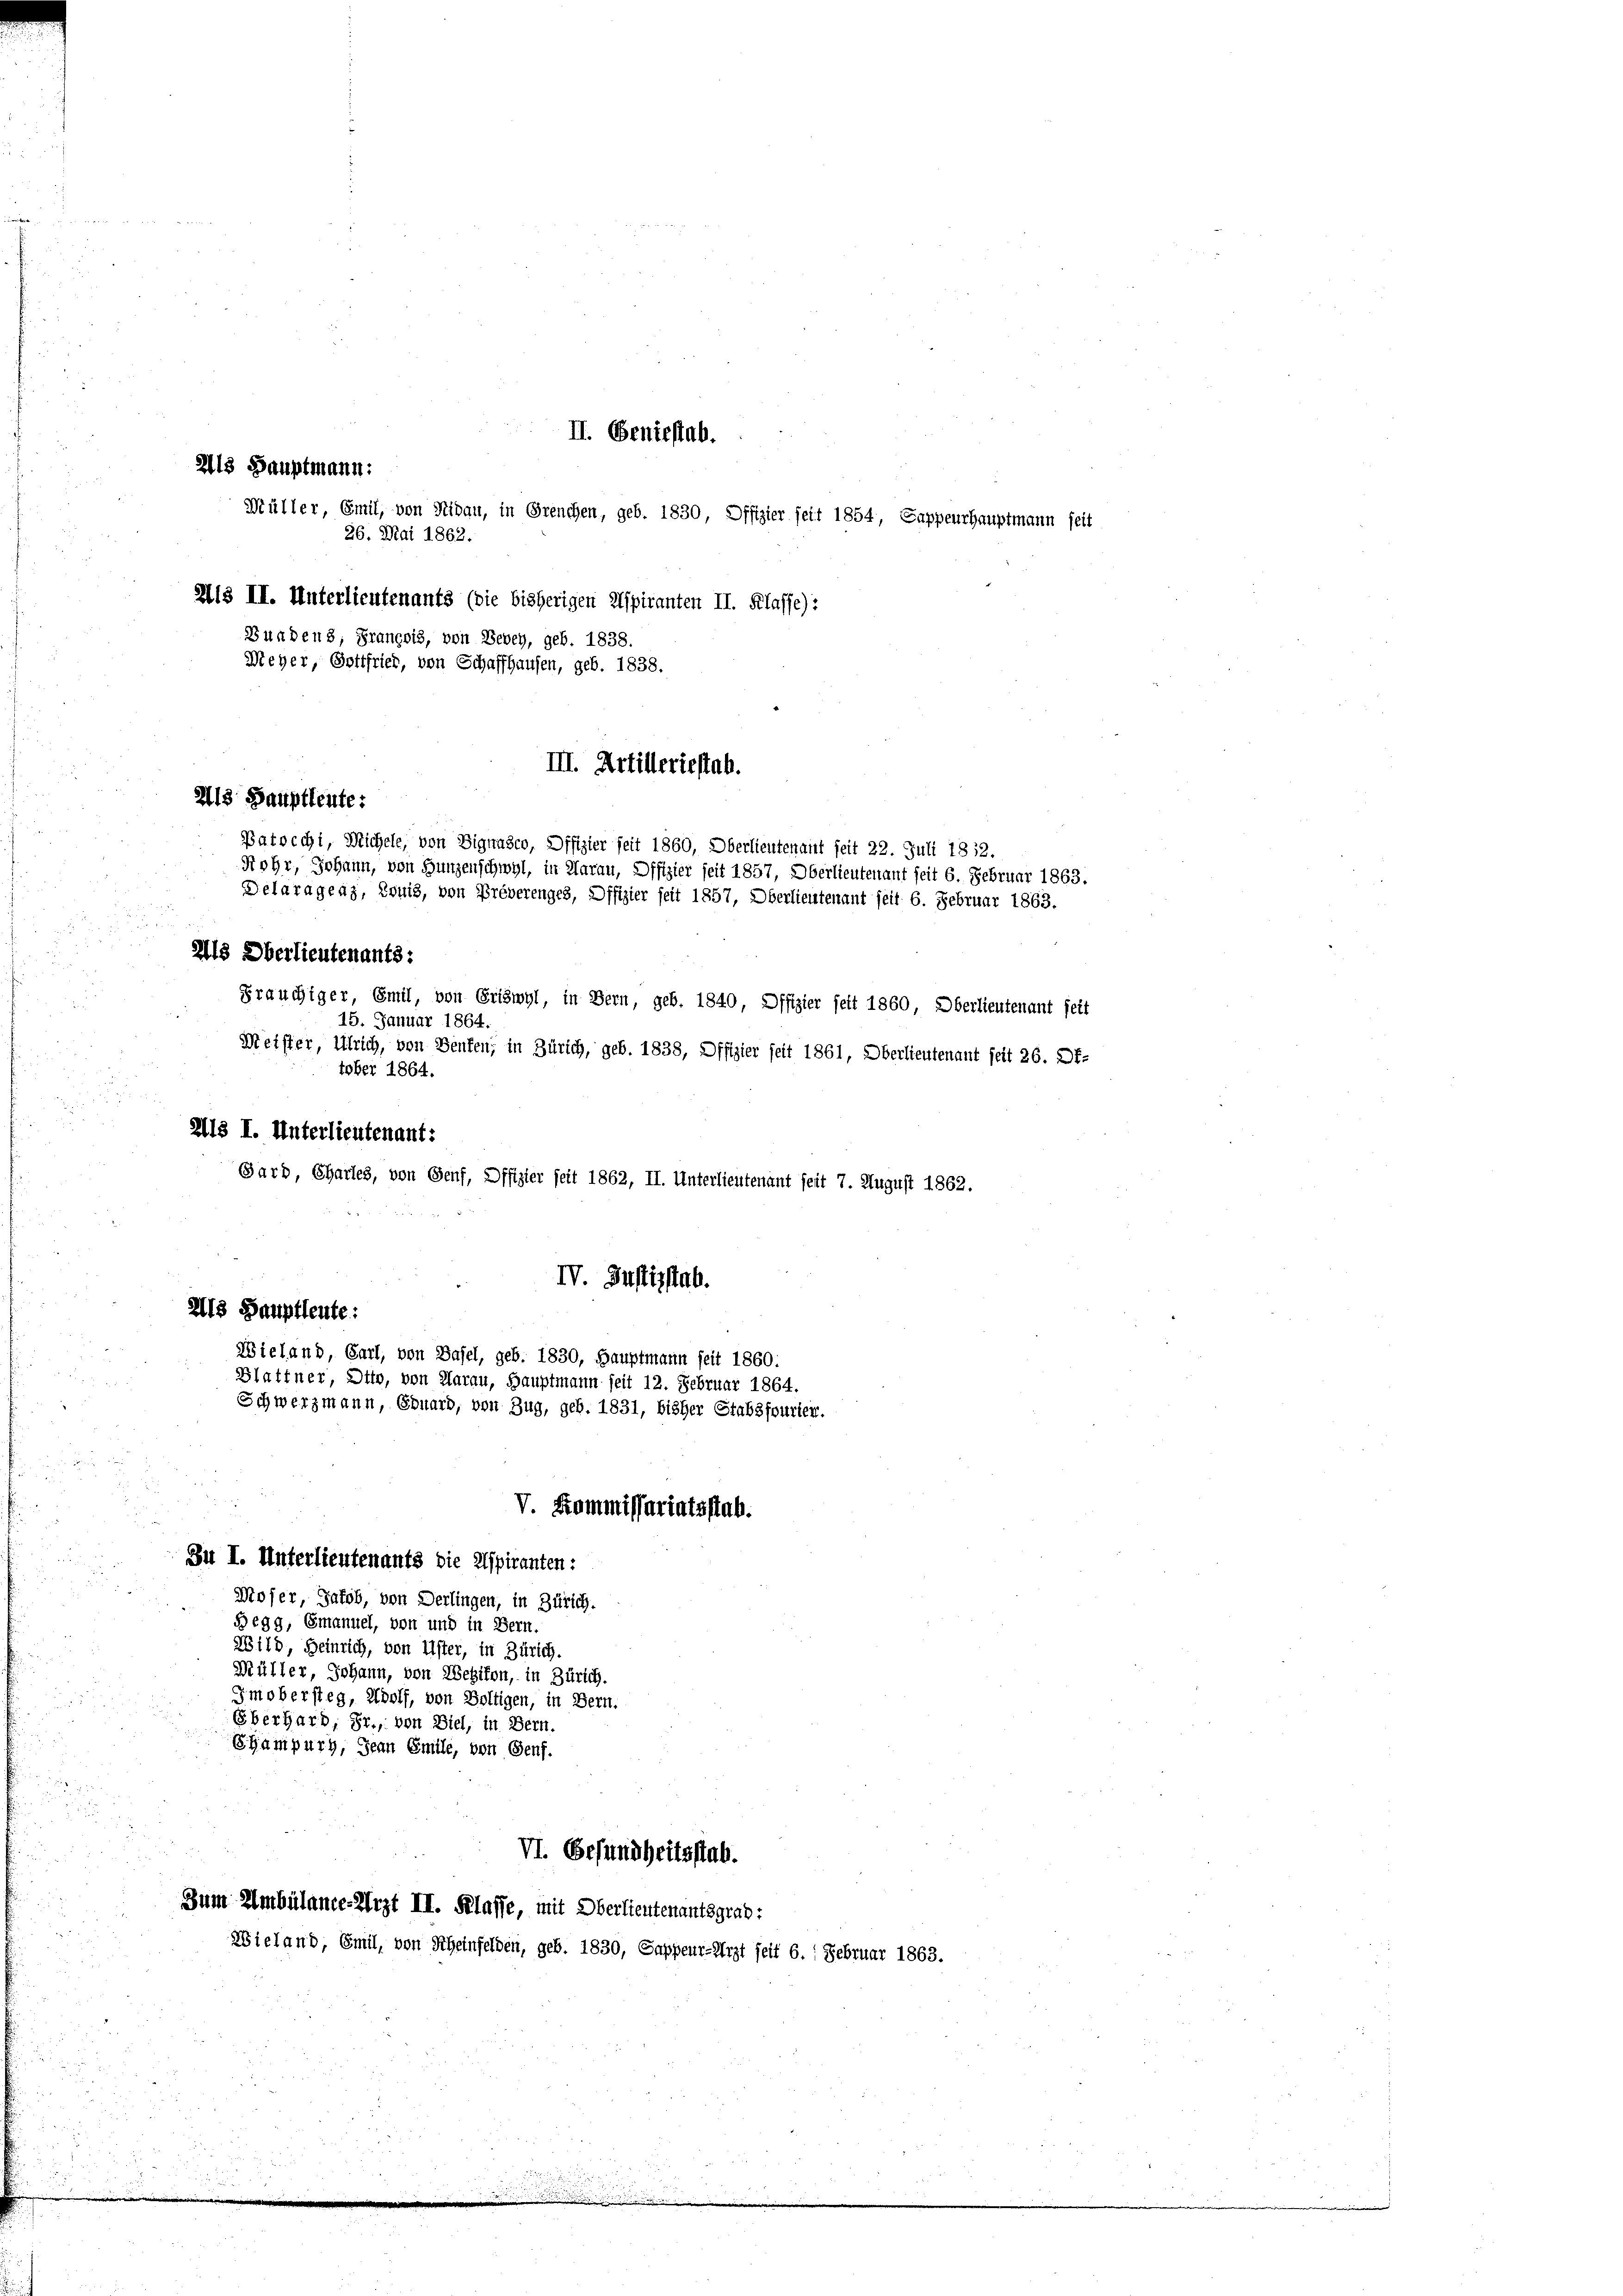
III. Artilleriestab.
218 Hauptleute:
Patocchi, Michele, von Dignasco, Offizier seit 1860, Oberlieutenauf seit 22. Juli 1812.
Rohr, Johann, von Hungenschwyl, in Harau, Offizier seit 1857, Oberlieutenant seit 6. Februar 1863.
Delaragraz, Louis, von Breverenges, Offizier seit 1857, Oberlieutenant seit 6. Februar 1863.
Ils Oberlieutenants:

II. Geniestab.
2113 Hauptmann:

26. Mai 1862.

tober 1864.
Alls I. Unterlieutenant:
218 Hauptleute:
Wieland, Carl, von Basel, geb. 1830, Hauptmann seit 1860:
Blattner, Dito, von Aarau, Hauptmann seit 12. Februar 1864.
Schwerzmann, Ebuard, von Zug, geb. 1831, bisher Stabsfourier.

H13 II. Unterlieutenants (die bisherigen Aspiranten II. Klasse):
Bunden 8; Grancois, von Bebey, geb. 1838.
Meher, Gottfried, von Schaffhausen, geb. 1838.

Müller, Emil, von Nidau, in Grenchen, geb. 1830, Offizier seit 1854, Sappeurhauptmann seit

Gräuchiger, Emil, von Griswyl, in Bern, geb. 1840, Offizier seit 1860, Oberlieutenant seit
15. Januar 1864.
Meister, Ulrich, von Benfen; in Zürich, geb. 1838, Offizier seit 1861, Oberlieutenant seit 26. 2f-
Garb, Charles, von Genf, Offizier seit 1862, II. Unterlieutenant seit 7. August 1862.
IV. Justizstab.
V. Kommissariatsstab.
Zu I. Unterlieutenants die Aspiranten:
Moser, Jakob, von Derlingen, in Zürich.
B 689, Emanuel, von und in Bern.
Wild, Heinrich, von Uster, in Zürich.
Müller, Johann, von Wezikon, in Zürich.
Imobersteg, Adolf, von Boltigen, in Bern.
Eberhard, Sr., von Biel, in Bern.
Syampurg, Jean Emile, von Genf.

VI. Gesundheitsstab.
Zum Umbülance-Arzt II. Klasse, mit Oberlieutenantsgrab:
Wieland, Emil, von Scheinfelden, geb. 1830, Sappeur-Arzt seit 6. Februar 1863.